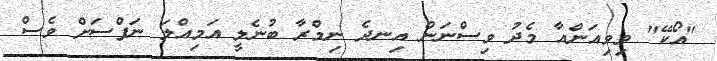
"އޯކޭ" ވިވިއަންއާ މެދު ވިސްނަން އިނދެ ނިމްރާ ބުނެލީ އަމިއްލަ ނަފްސަށް ވެސް